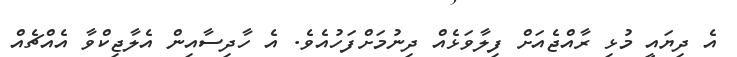
އެ ދިޔައީ މުޅި ރާއްޖެއަށް ފިލާވަޅެއް ދިނުމަށްފަހުއެވެ. އެ ހާދިސާއިން އެލާޖިކްވާ އެއްޗެއް